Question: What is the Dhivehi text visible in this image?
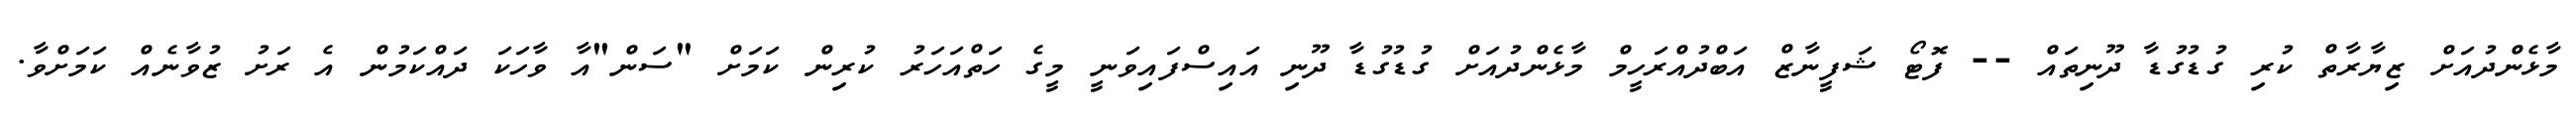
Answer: މާޅެންދުއަށް ޒިޔާރާތް ކުރި ގުޑުގުޑާ ދޫނިތައް -- ފޮޓޯ ޝަފީނާޒް އަބްދުއްރަހީމް މާޅެންދުއަށް ގުޑުގުޑާ ދޫނި އައިސްފައިވަނީ މީގެ ހަތްއަހަރު ކުރިން ކަމަށް "ސަން"އާ ވާހަކަ ދައްކަމުން އެ ރަށު ޒުވާނެއް ކަމަށްވާ.